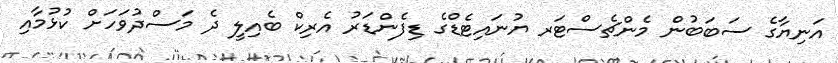
އަނިޔާގެ ސަބަބުން މެންޗެސްޓަރ ޔުނައިޓެޑްގެ ޑިފެންޑަރު އެރިކް ބެއިލީ ދެ މަސްދުވަހަށް ކުޅުމާއި